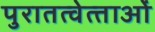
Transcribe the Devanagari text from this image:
पुरातत्‍वेत्‍ताओं